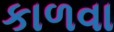
કાળવા